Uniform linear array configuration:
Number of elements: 4
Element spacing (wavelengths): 1
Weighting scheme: cosine
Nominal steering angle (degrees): -60
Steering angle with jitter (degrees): -59.347
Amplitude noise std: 0.05
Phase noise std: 0.05

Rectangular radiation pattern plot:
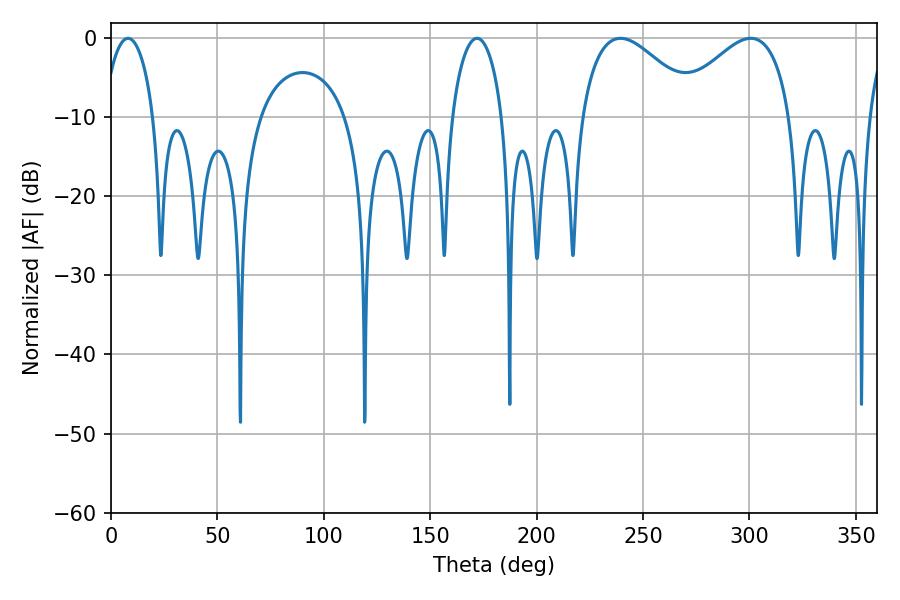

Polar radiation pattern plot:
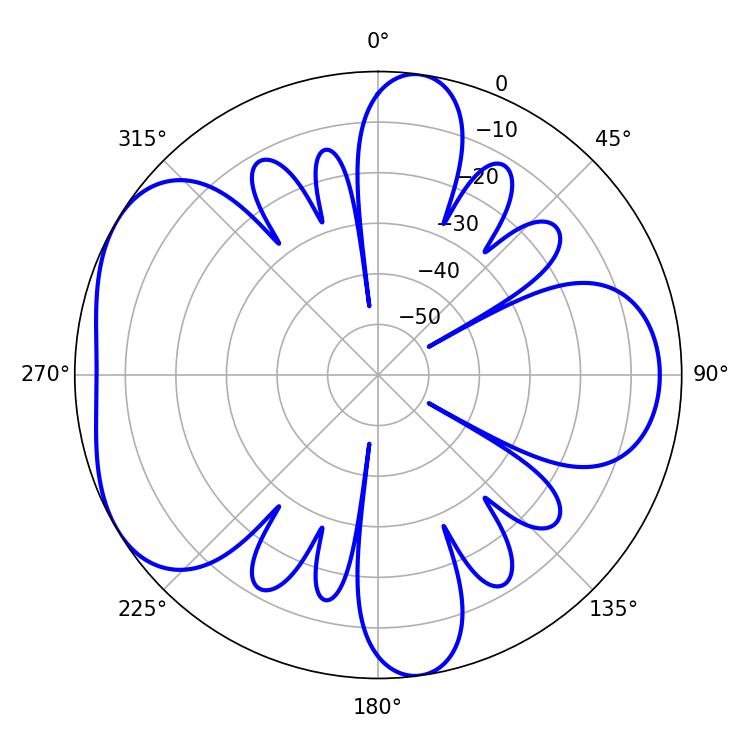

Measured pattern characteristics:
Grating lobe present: TRUE
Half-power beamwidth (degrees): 30.06
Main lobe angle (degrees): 300.6